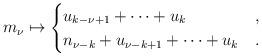
LaTeX: \begin{align*} m_{\nu} \mapsto \begin{cases}u_{k-\nu+1} + \cdots + u_k & , \\n_{\nu-k} + u_{\nu-k+1} + \cdots + u_k & . \end{cases}\end{align*}